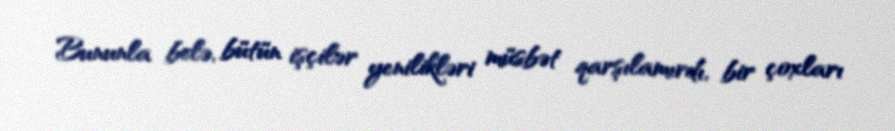
Bununla belə, bütün işçilər yenilikləri müsbət qarşılamırdı, bir çoxları